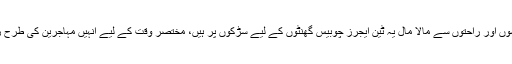
دنیا کی تمام تر آسائشوں اور راحتوں سے مالا مال یہ ٹین ایجرز چوبیس گھنٹوں کے لیے سڑکوں پر ہیں، مختصر وقت کے لیے انہیں مہاجرین کی طرح زندگی بسر کرنا ہے۔